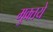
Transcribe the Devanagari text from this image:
मुक्तये